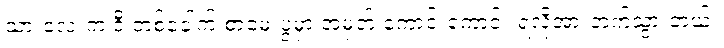
သားလေးက ဒီ တစ်ခေါက် စာမေးပွဲမှာ အမှတ် ကောင်းကောင်း ရလို့အားတက်သွားတယ်။